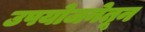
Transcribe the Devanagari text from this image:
उपयोजनेतून